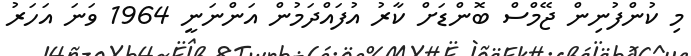
މި ކުންފުނިން ޖޭމްސް ބޮންޑަށް ކާރު އުފައްދަމުން އަންނަނީ 1964 ވަނަ އަހަރު